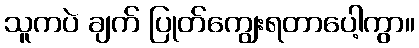
သူကပဲ ချက် ပြုတ်ကျွေးရတာပေါ့ကွာ။